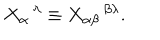
X _ { \alpha } { } ^ { \, \lambda } \equiv X _ { \alpha \beta } { } ^ { \, \beta \lambda } .